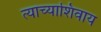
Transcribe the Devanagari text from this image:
त्याच्याशिवाय